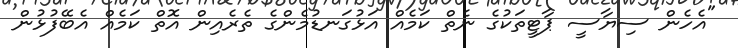
"އެހެން ސިޔާސީ ޕާޓީތަކުގެ ނެތް ކަމެއް އަޅުގަނޑުމެންގެ ތެރެއިން އޮތް ކަމެއް އެބޭފުޅުން